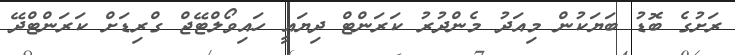
ރަށުގެ ބޮޑު ބަޔަކުން މިއަދު މެންދުރު ކަރަންޓް ދިޔައީ ހައިވޯލްޓޭޖް ގްރިޑަށް ކަރަންޓްދޭ